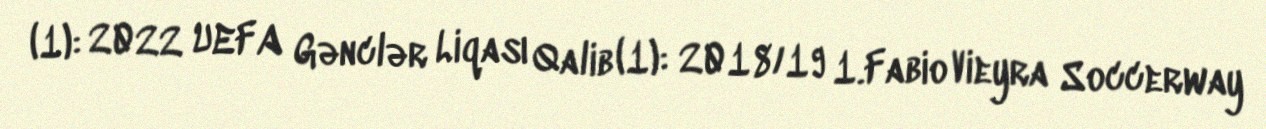
(1): 2022 UEFA Gənclər Liqası Qalib (1): 2018/19 1.Fabio Vieyra Soccerway